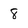
Character: 8